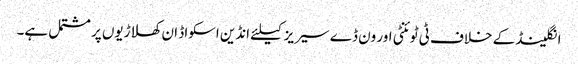
انگلینڈ کے خلاف ٹی ٹوئنٹی اور ون ڈے سیریز کیلئے انڈین اسکواڈ ان کھلاڑیوں پر مشتمل ہے۔